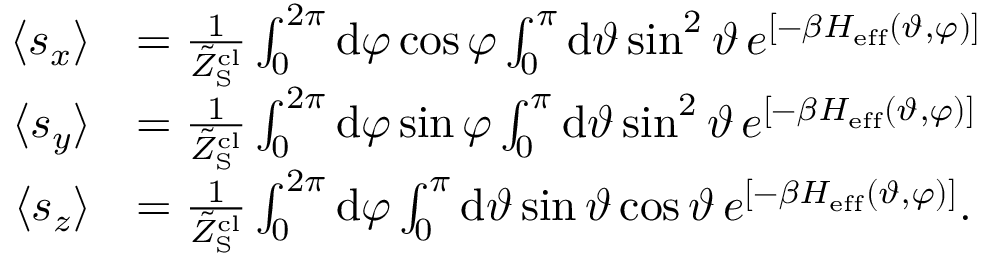
\begin{array} { r l } { \langle s _ { x } \rangle } & { = \frac { 1 } { \tilde { Z } _ { \mathrm { S } } ^ { \mathrm { c l } } } \int _ { 0 } ^ { 2 \pi } \mathrm { d } \varphi \cos \varphi \int _ { 0 } ^ { \pi } \mathrm { d } \vartheta \sin ^ { 2 } \vartheta \, e ^ { \left[ - \beta H _ { \mathrm { e f f } } ( \vartheta , \varphi ) \right] } } \\ { \langle s _ { y } \rangle } & { = \frac { 1 } { \tilde { Z } _ { \mathrm { S } } ^ { \mathrm { c l } } } \int _ { 0 } ^ { 2 \pi } \mathrm { d } \varphi \sin \varphi \int _ { 0 } ^ { \pi } \mathrm { d } \vartheta \sin ^ { 2 } \vartheta \, e ^ { \left[ - \beta H _ { \mathrm { e f f } } ( \vartheta , \varphi ) \right] } } \\ { \langle s _ { z } \rangle } & { = \frac { 1 } { \tilde { Z } _ { \mathrm { S } } ^ { \mathrm { c l } } } \int _ { 0 } ^ { 2 \pi } \mathrm { d } \varphi \int _ { 0 } ^ { \pi } \mathrm { d } \vartheta \sin \vartheta \cos \vartheta \, e ^ { \left[ - \beta H _ { \mathrm { e f f } } ( \vartheta , \varphi ) \right] } . } \end{array}